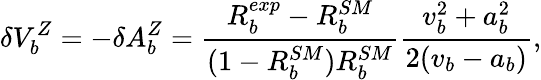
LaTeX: \delta V_{b}^{Z}=-\delta A_{b}^{Z}=\frac{R_{b}^{exp}-R_{b}^{SM}}{(1-R_{b}^{SM})R_{b}^{SM}}\frac{v_{b}^{2}+a_{b}^{2}}{2(v_{b}-a_{b})},